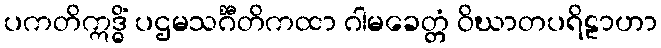
ပကတိဣဒ္ဓိံ ပဌမသင်္ဂီတိကထာ ဂါမခေတ္တံ ဝိဃာတပရိဠာဟာ